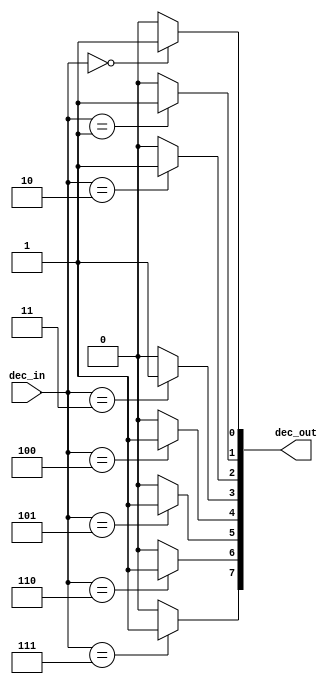
// This program was cloned from: https://github.com/FPGADude/Digital-Design
// License: GNU General Public License v3.0

// From the book: "But How Do It Know?" pg. 102
// Written by: J. Clark Scott
//
// Verilog HDL implementation of the computer described in the book.
//
// 3 to 8 Decoder in the Control Unit
//
// * No changes required for CPU_B
// ******************************************************************************
`timescale 1ns / 1ps
module dec3x8(
	input [2:0] dec_in,			// 3-bit select
	output [7:0] dec_out		// 8 output bits
	);
	
	assign dec_out[7] = (dec_in == 3'b111) ? 1'b1 : 1'b0;
	assign dec_out[6] = (dec_in == 3'b110) ? 1'b1 : 1'b0;
	assign dec_out[5] = (dec_in == 3'b101) ? 1'b1 : 1'b0;
	assign dec_out[4] = (dec_in == 3'b100) ? 1'b1 : 1'b0;
	assign dec_out[3] = (dec_in == 3'b011) ? 1'b1 : 1'b0;
	assign dec_out[2] = (dec_in == 3'b010) ? 1'b1 : 1'b0;
	assign dec_out[1] = (dec_in == 3'b001) ? 1'b1 : 1'b0;
	assign dec_out[0] = (dec_in == 3'b000) ? 1'b1 : 1'b0;
	
endmodule